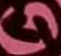
Text: 4